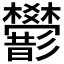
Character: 𢒻